Annual report of the Central Committee of the Association together with the report of the directors of the Pasteur Institute at Kasauli
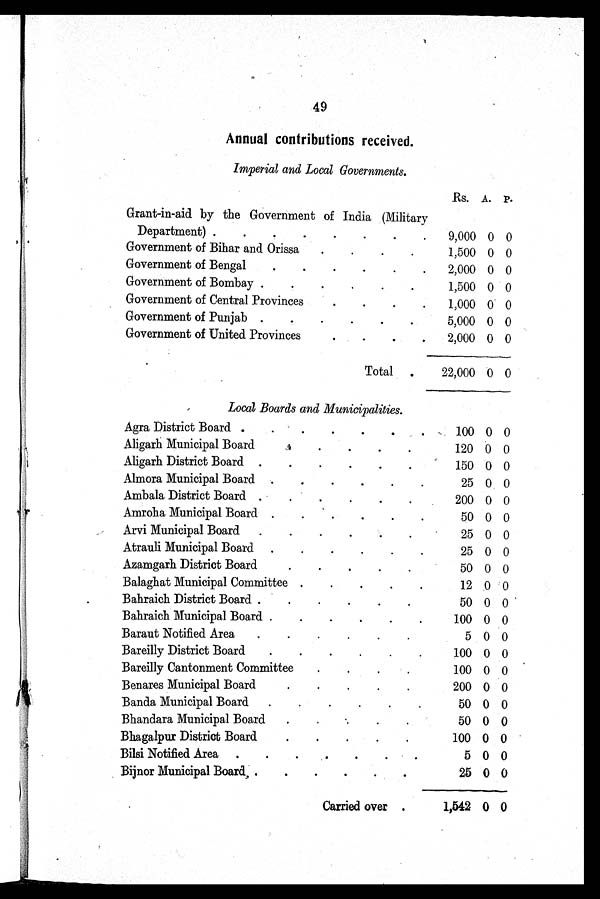
49
Annual contributions received.
Imperial and Local Governments.
Rs. A. P.
Grant-in-aid by the Government of India (Military
Department)
9,000 0 0
Government of Bihar and Orissa
1,500 0 0
Government of Bengal
2,000 0 0
Government of Bombay
1,500 0 0
Government of Central Provinces
1,000 0 0
Government of Punjab
5,000 0 0
Government of United Provinces
2,000 0 0
Total
22,000 0 0
Local Boards and Municipalities.
Agra District Board
100 0 0
Aligarh Municipal Board
120 0 0
Aligarh District Board
150 0 0
Almora Municipal Board
25 0 0
Ambala District Board
200 0 0
Amroha Municipal Board
50 0 0
Arvi Municipal Board
25 0 0
Atrauli Municipal Board
25 0 0
Azamgarh District Board
50 0 0
Balaghat Municipal Committee
12 0 0
Bahraich District Board
50 0 0
Bahraich Municipal Board
100 0 0
Baraut Notified Area
5 0 0
Bareilly District Board
100 0 0
Bareilly Cantonment Committee
100 0 0
Benares Municipal Board
200 0 0
Banda Municipal Board
50 0 0
Bhandara Municipal Board
50 0 0
Bhagalpur District Board
100 0 0
Bilsi Notified Area
5 0 0
Bijnor Municipal Board
25 0 0
Carried over
1,542 0 0